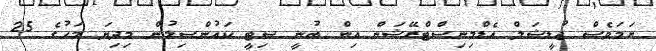
ނަމަވެސް ޖުޑީޝަލް އެޑްމިނިސްޓްރޭޝަން އިން ބުނީ ސިޓީ ކައުންސިލުން މިދިޔަ މަހުގެ 25